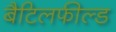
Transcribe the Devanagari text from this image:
बैटिलफील्ड